Veterinary regulations India, 1925 -
Year: 1925
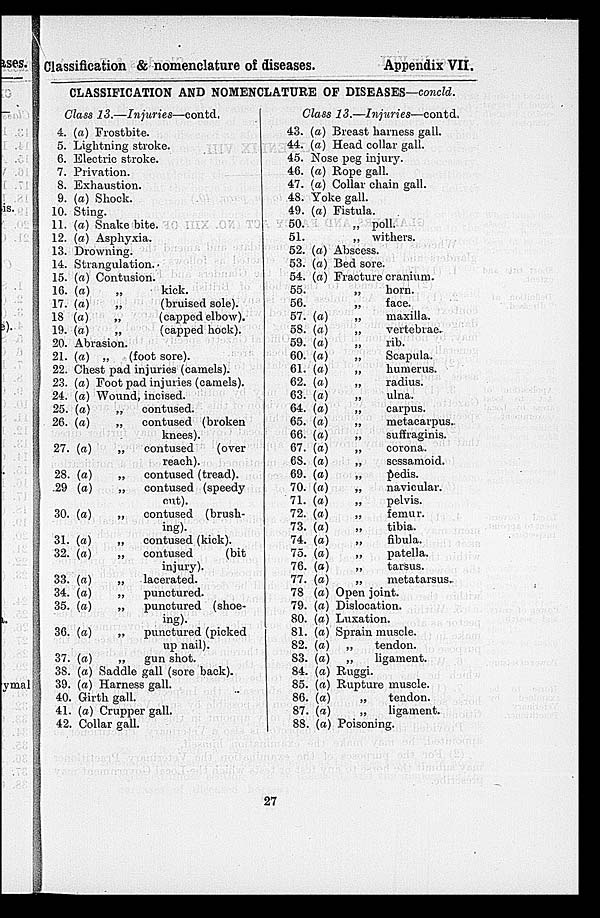
Classification & nomenclature of diseases.
Appendix VII.
CLASSIFICATION AND NOMENCLATURE OF DISEASES—concld.
Class
13.—Injuries—contd.
4.
5.
6.
7.
8.
9.
10.
11.
12.
13.
14.
15.
1G.
17.
18
10.
20.
21.
22.
23.
24.
25.
26.
27.
28.
29
30.
31.
32.
33.
34.
35.
36.
37.
38.
39.
40.
41.
42.
(a) Frostbite.
Lightning stroke.
Electric stroke.
Privation.
Exhaustion.
(a) Shock.
Sting.
(a) Snake bite.
(a) Asphyxia.
Drowning.
Strangulation.
(a) Contusion.
(a)
„
kick.
(a)
„
(bruised sole).
(a)
„
(capped elbow).
(a)
„
(capped hock).
Abrasion.
(a) „
(foot sore).
Chest pad injuries (camels).
(a) Foot pad injuries (camels).
(a) Wound, incised.
(a)
„
contused.
(a)
„
contused (broken
knees).
(a)
„
contused
(over
reach).
(a)
„
contused (tread).
(a)
„
contused (speedy
cut).
(a)
„
contused (brush-
ing).
(a)
„
contused (kick).
(a)
„
contused
(bit
injury).
(a)
„
lacerated.
(a)
„
punctured.
(a)
„
punctured (shoe-
ing).
(a)
„
punctured (picked
up nail).
(a)
„
gun shot.
(a) Saddle gall (sore back).
(a) Harness gall.
Girth gall.
(a) Crupper gall.
Collar gall.
Class
13.—Injuries—contd.
43.
44.
45.
46.
47.
48.
49.
50.
51.
52.
53.
54.
55.
56.
57.
58.
59.
60.
61.
62.
63.
64.
65.
66.
67.
68.
69.
70.
71.
72.
73.
74.
75.
76.
77.
78
79.
80.
81.
82.
83.
84.
85.
86.
87.
88.
(a) Breast harness gall.
(a) Head collar gall.
Nose peg injury.
(a) Rope gall.
(a) Collar chain gall.
Yoke gall.
(a) Fistula.
„ poll.
„ withers.
(a) Abscess.
(a) Bed sore.
(a) Fracture cranium.
„
horn.
„
face.
(a)
„
maxilla.
(a)
„
vertebrae.
(a)
„
rib.
(a)
„
Scapula.
(a)
„
humerus.
(a)
„
radius.
(a)
„
ulna.
(a)
„
carpus.
(a)
„
metacarpus.
(a)
„
suffraginis.
(a)
„
corona.
(a)
„
sessamoid.
(a)
„
pedis.
(a)
„
navicular.
(a)
„
pelvis.
(a)
„
femur.
(a)
„
tibia.
(a)
„
fibula.
(a)
„
patella.
(a)
„
tarsus.
(a)
„
metatarsus.
(a) Open joint.
(a) Dislocation.
(a) Luxation.
(a) Sprain muscle.
(a)
„
tendon.
(a)
„
ligament.
(a) Ruggi.
(a) Rupture muscle.
(a)
„
tendon.
(a)
„
ligament.
(a) Poisoning.
27